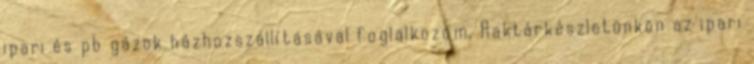
ipari és pb gázok házhozszállításával foglalkozom. Raktárkészletünkön az ipari